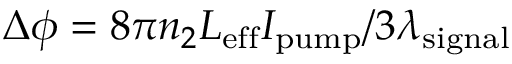
\Delta \phi = 8 \pi n _ { 2 } L _ { \mathrm { e f f } } I _ { \mathrm { p u m p } } / 3 \lambda _ { \mathrm { s i g n a l } }